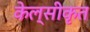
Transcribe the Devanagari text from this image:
केल्सीकृत